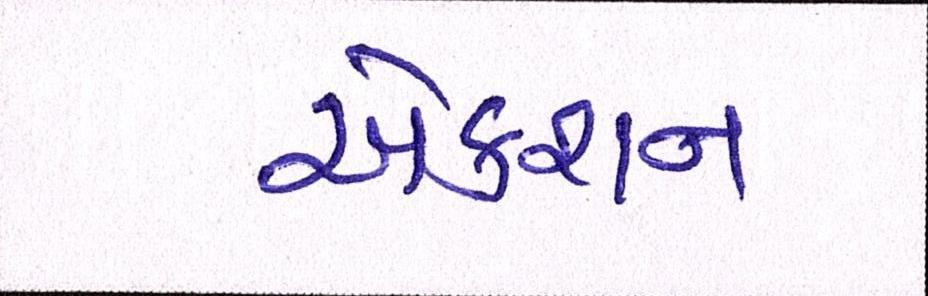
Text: એક્શન